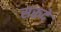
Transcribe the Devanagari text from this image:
सरूदे